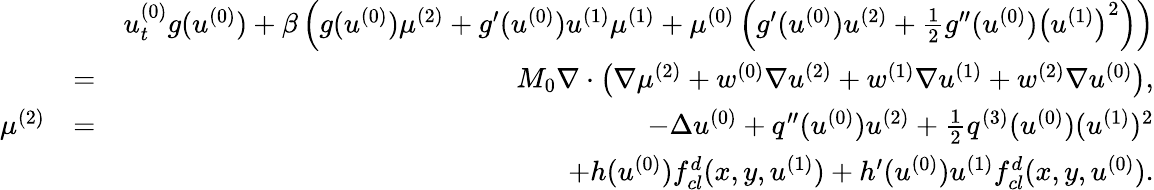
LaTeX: \begin{array}{rlr}&{}&{u_{t}^{(0)}g(u^{(0)})+\beta\left(g(u^{(0)})\mu^{(2)}+g^{\prime}(u^{(0)})u^{(1)}\mu^{(1)}+\mu^{(0)}\left(g^{\prime}(u^{(0)})u^{(2)}+\frac{1}{2}g^{\prime\prime}(u^{(0)})\left(u^{(1)}\right)^{2}\right)\right)}\\ &{=}&{M_{0}\nabla\cdot\left(\nabla\mu^{(2)}+w^{(0)}\nabla u^{(2)}+w^{(1)}\nabla u^{(1)}+w^{(2)}\nabla u^{(0)}\right),}\\ {\mu^{(2)}}&{=}&{-\Delta u^{(0)}+q^{\prime\prime}(u^{(0)})u^{(2)}+\frac{1}{2}q^{(3)}(u^{(0)})(u^{(1)})^{2}}\\ &{}&{+h(u^{(0)})f_{cl}^{d}(x,y,u^{(1)})+h^{\prime}(u^{(0)})u^{(1)}f_{cl}^{d}(x,y,u^{(0)}).}\end{array}